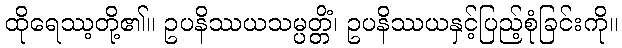
ထိုရေဿ့တို့၏။ ဥပနိဿယသမ္ပတ္တိံ၊ ဥပနိဿယနှင့်ပြည့်စုံခြင်းကို။